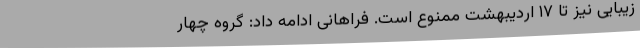
زیبایی نیز تا ۱۷ اردیبهشت ممنوع است. فراهانی ادامه داد: گروه چهار